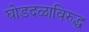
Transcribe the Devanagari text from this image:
घोडदळाविरुद्ध